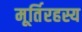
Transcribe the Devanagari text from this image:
मूर्तिरहस्य